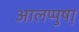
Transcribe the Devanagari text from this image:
आलप्पुषा़